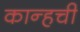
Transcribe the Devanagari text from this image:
कान्हची